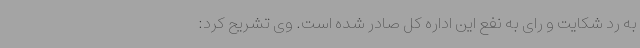
به رد شکایت و رای به نفع این اداره کل صادر شده است. وی تشریح کرد: